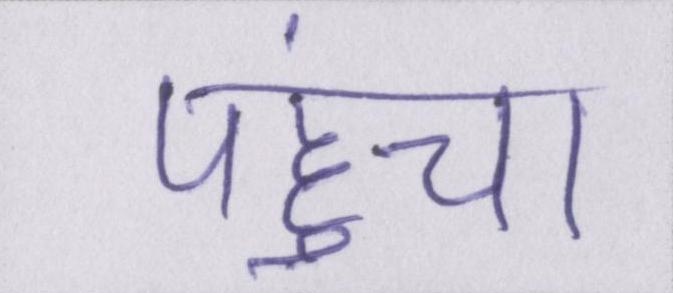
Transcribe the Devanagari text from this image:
पहुंचा